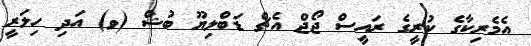
އެމެރިކާގެ ކުރީގެ ރައީސް ޖޯޖް އެޗް ޑަބްލިޔޫ ބުޝް (ވ) އަދި ހިލަރީ